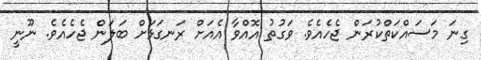
ގިނަ މަސައްކަތްކުރަން ޖެހެއެވެ. ވަގުތު އޮއްވާ އެއަށް ރަނގަޅަށް ބަލަން ޖެހެއެވެ. ނޫނީ